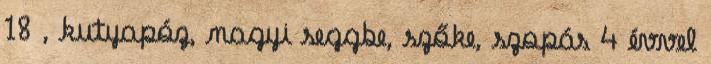
18 , kutyapóz, nagyi seggbe, szőke, szopás 4 évvel